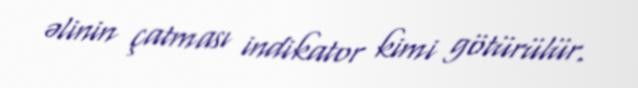
əlinin çatması indikator kimi götürülür.